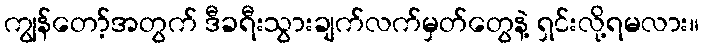
ကျွန်တော့်အတွက် ဒီခရီးသွားချက်လက်မှတ်တွေနဲ့ ရှင်းလို့ရမလား။